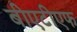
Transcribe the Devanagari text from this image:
बीएटीएफ